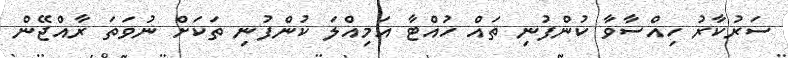
ސަރުކާރު ހިއްސާވާ ކުންފުނި ތައް ހުއްޓާ އަމިއްލަ ކުންފުނި ތަކަށް ނުވަތަ ރާއްޖޭން